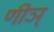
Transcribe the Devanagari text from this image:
णीञ्